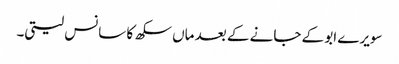
سویرے ابو کے جانے کے بعد ماں سکھ کا سانس لیتی۔